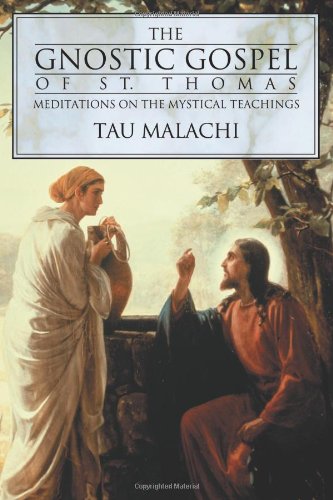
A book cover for The Gnostic Gospel of St. Thomas: Meditations on the Mystical Teachings; Tau Malachi; Christian Books & Bibles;